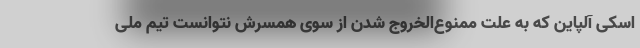
اسکی آلپاین که به علت ممنوع‌الخروج شدن از سوی همسرش نتوانست تیم ملی